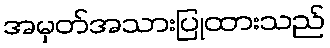
အမှတ်အသားပြုထားသည်